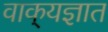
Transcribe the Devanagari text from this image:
वाक्‌यज्ञात